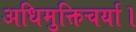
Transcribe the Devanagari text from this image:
अधिमुक्तिचर्या।